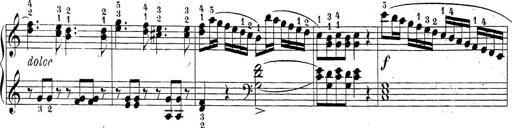
Title: Sonatina Album
Composer: Louis KÃ¶hler